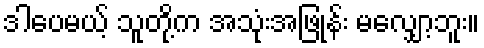
ဒါပေမယ့် သူတို့က အသုံးအဖြုန်း မလျှော့ဘူး။